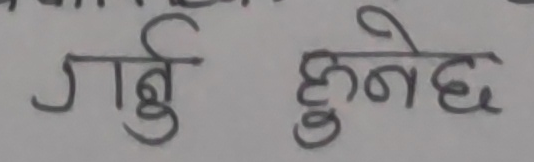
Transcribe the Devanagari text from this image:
गर्नु हुनेछ